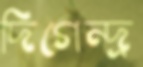
দিগেন্দ্র